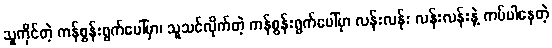
သူကိုင်တဲ့ ကန်စွန်းရွက်ပေါ်မှာ၊ သူသင်လိုက်တဲ့ ကန်စွန်းရွက်ပေါ်မှာ လန်းလန်း လန်းလန်းနဲ့ ကပ်ပါနေတဲ့